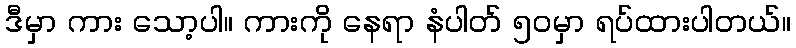
ဒီမှာ ကား သော့ပါ။ ကားကို နေရာ နံပါတ် ၅၀မှာ ရပ်ထားပါတယ်။